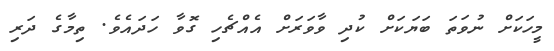
މީހަކަށް ނުވަތަ ބަޔަކަށް ކުދި ވާވަރަށް އެއްޗެހި ގޮވާ ހަދައެވެ. ތިމާގެ ދަރި